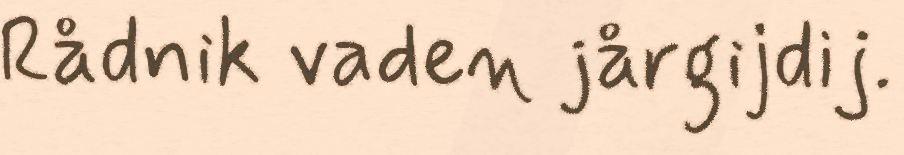
Rådnik vaden jårgijdij.